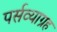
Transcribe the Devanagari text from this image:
पर्सव्याग्रह